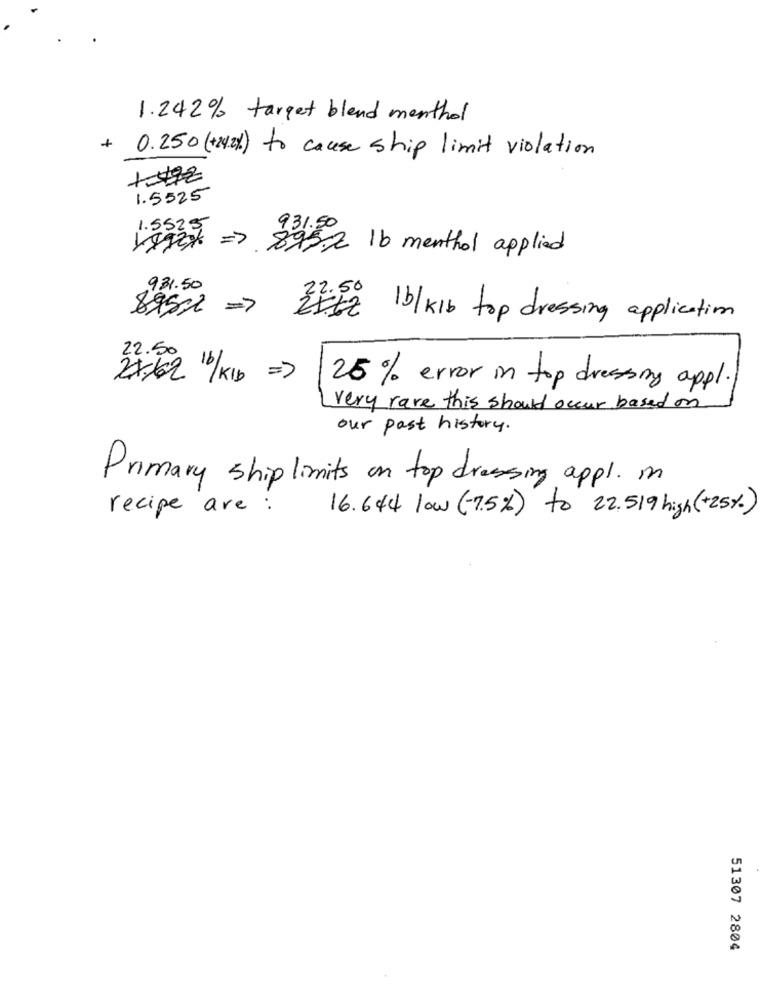
1.242% target blend menthol
+ 0.250 (+24.2%) to cause ship limit violation
1.5525
931.50
Viack =>8952 16 menthol applied
931.50
8951 =>216/KIb top dressing application
22.50
2x162 10/KIb =>
25% error in top dressing appl.
very rare this should occur based on
our past history.
Primary ship limits on top dressing appl. in
recipe are :
16.644 low (-7.5%) to 22.519 high(+25%)
51307 2804